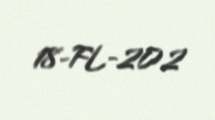
18-FL-202